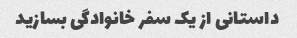
داستانی از یک سفر خانوادگی بسازید